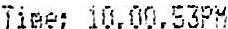
TIME: 10.00.53PM